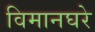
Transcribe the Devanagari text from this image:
विमानघरे